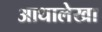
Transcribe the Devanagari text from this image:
आधालेखा